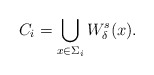
\begin{align*}C_i = \bigcup_{x \in \Sigma_i} W_\delta^s(x).\end{align*}